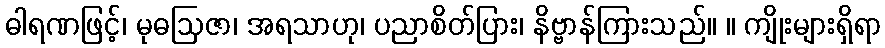
ဓါရဏဖြင့်၊ မုဓဩဇာ၊ အရသာဟု၊ ပညာစိတ်ပြား၊ နိဗ္ဗာန်ကြားသည်။ ။ ကျိုးများရှိရာ